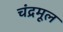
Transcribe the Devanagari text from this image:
चंद्रमूल